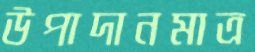
উপাদানমাত্র